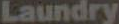
Laundry